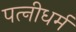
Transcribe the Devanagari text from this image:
पत्‍नीधर्म